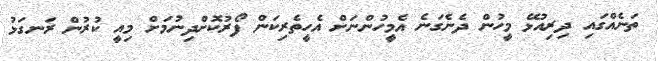
ތަނެއްގައި ދިރިއުޅޭ މީހުން ދެނެގަނެ އެމީހުންނަށް އެހީތެރިކަން ފޯރުކޮށްދިނުމަށް މިއީ ކުރުން ރަނގަޅު